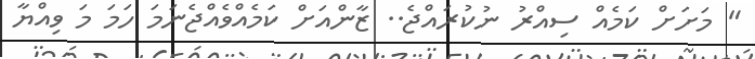
" މަށަށް ކަމެއް ސިއްރު ނުކުރައްޖެ.. ޒާންއަށް ކަމެއްވެއްޖެނަމަ ހަމަ މަ ވިއްޔާ